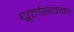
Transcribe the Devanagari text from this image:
धूर्ताख्यान।